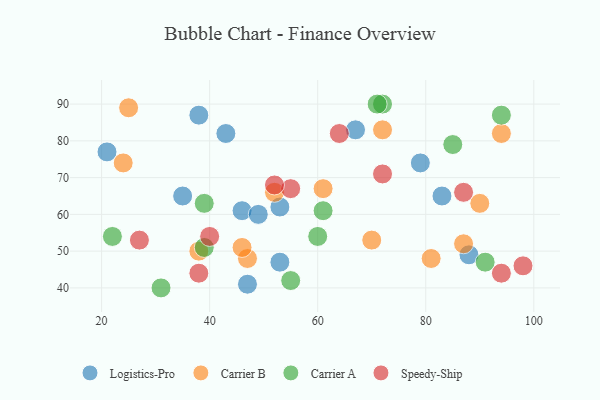
{"axis": {"x": "GDP", "y": "Life Expectancy"}, "legend": ["Carrier A", "Carrier B", "Logistics-Pro", "Speedy-Ship"], "data": [{"x": "46", "y": 61, "type": "Logistics-Pro"}, {"x": "38", "y": 87, "type": "Logistics-Pro"}, {"x": "47", "y": 41, "type": "Logistics-Pro"}, {"x": "35", "y": 65, "type": "Logistics-Pro"}, {"x": "83", "y": 65, "type": "Logistics-Pro"}, {"x": "79", "y": 74, "type": "Logistics-Pro"}, {"x": "53", "y": 47, "type": "Logistics-Pro"}, {"x": "53", "y": 62, "type": "Logistics-Pro"}, {"x": "49", "y": 60, "type": "Logistics-Pro"}, {"x": "21", "y": 77, "type": "Logistics-Pro"}, {"x": "88", "y": 49, "type": "Logistics-Pro"}, {"x": "67", "y": 83, "type": "Logistics-Pro"}, {"x": "43", "y": 82, "type": "Logistics-Pro"}, {"x": "81", "y": 48, "type": "Carrier B"}, {"x": "47", "y": 48, "type": "Carrier B"}, {"x": "38", "y": 50, "type": "Carrier B"}, {"x": "61", "y": 67, "type": "Carrier B"}, {"x": "52", "y": 66, "type": "Carrier B"}, {"x": "70", "y": 53, "type": "Carrier B"}, {"x": "25", "y": 89, "type": "Carrier B"}, {"x": "24", "y": 74, "type": "Carrier B"}, {"x": "90", "y": 63, "type": "Carrier B"}, {"x": "46", "y": 51, "type": "Carrier B"}, {"x": "94", "y": 82, "type": "Carrier B"}, {"x": "72", "y": 83, "type": "Carrier B"}, {"x": "87", "y": 52, "type": "Carrier B"}, {"x": "31", "y": 40, "type": "Carrier A"}, {"x": "94", "y": 87, "type": "Carrier A"}, {"x": "72", "y": 90, "type": "Carrier A"}, {"x": "60", "y": 54, "type": "Carrier A"}, {"x": "39", "y": 63, "type": "Carrier A"}, {"x": "39", "y": 51, "type": "Carrier A"}, {"x": "85", "y": 79, "type": "Carrier A"}, {"x": "22", "y": 54, "type": "Carrier A"}, {"x": "61", "y": 61, "type": "Carrier A"}, {"x": "55", "y": 42, "type": "Carrier A"}, {"x": "91", "y": 47, "type": "Carrier A"}, {"x": "71", "y": 90, "type": "Carrier A"}, {"x": "98", "y": 46, "type": "Speedy-Ship"}, {"x": "38", "y": 44, "type": "Speedy-Ship"}, {"x": "72", "y": 71, "type": "Speedy-Ship"}, {"x": "64", "y": 82, "type": "Speedy-Ship"}, {"x": "40", "y": 54, "type": "Speedy-Ship"}, {"x": "27", "y": 53, "type": "Speedy-Ship"}, {"x": "94", "y": 44, "type": "Speedy-Ship"}, {"x": "55", "y": 67, "type": "Speedy-Ship"}, {"x": "87", "y": 66, "type": "Speedy-Ship"}, {"x": "52", "y": 68, "type": "Speedy-Ship"}]}